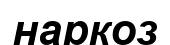
наркоз